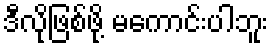
ဒီလိုဖြစ်ဖို့ မကောင်းပါဘူး